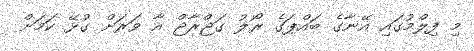
މި ފިލްމުގައި އޭނާގެ ބައްޕަގެ ރޯލު ގަޖްރާޖް އާ ވަރަށް ގުޅޭ ކަމަށް